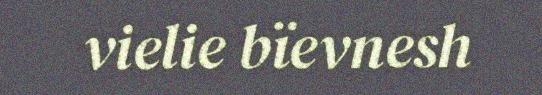
vielie bïevnesh